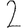
Digit: 2